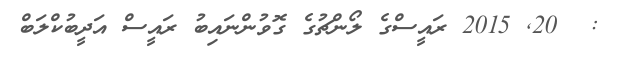
:  20